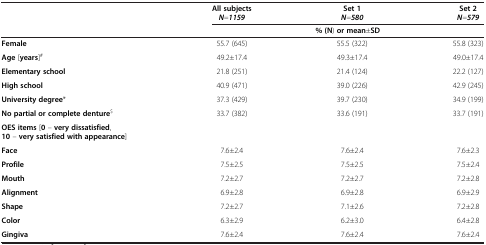
|  | All subjectsN=1159 | Set 1N=580 | Set 2N=579 |
 |  | <COLSPAN=3> % (N) or mean±SD |
 | --- | --- | --- | --- |
 | Female | 55.7 (645) | 55.5 (322) | 55.8 (323) |
 | Age [years]# | 49.2±17.4 | 49.3±17.4 | 49.0±17.4 |
 | Elementary school | 21.8 (251) | 21.4 (124) | 22.2 (127) |
 | High school | 40.9 (471) | 39.0 (226) | 42.9 (245) |
 | University degree* | 37.3 (429) | 39.7 (230) | 34.9 (199) |
 | No partial or complete denture$ | 33.7 (382) | 33.6 (191) | 33.7 (191) |
 | OES items [0 – very dissatisfied, 10 – very satisfied with appearance] |  |  |  |
 | Face | 7.6±2.4 | 7.6±2.4 | 7.6±2.3 |
 | Profile | 7.5±2.5 | 7.5±2.5 | 7.5±2.4 |
 | Mouth | 7.2±2.7 | 7.2±2.7 | 7.2±2.8 |
 | Alignment | 6.9±2.8 | 6.9±2.8 | 6.9±2.9 |
 | Shape | 7.2±2.7 | 7.1±2.6 | 7.2±2.8 |
 | Color | 6.3±2.9 | 6.2±3.0 | 6.4±2.8 |
 | Gingiva | 7.6±2.4 | 7.6±2.4 | 7.6±2.4 |